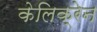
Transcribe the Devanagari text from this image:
केलिक्रेन